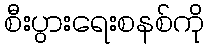
စီးပွားရေးစနစ်ကို